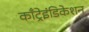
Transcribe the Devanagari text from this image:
काँट्रेइंडिकेशन